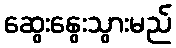
ဆွေးနွေးသွားမည်